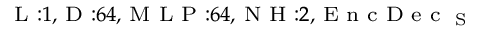
_ { \textrm { L } : 1 , \textrm { D } : 6 4 , \textrm { M L P } : 6 4 , \textrm { N H } : 2 , \textrm { E n c D e c } _ { \textrm { S } } }